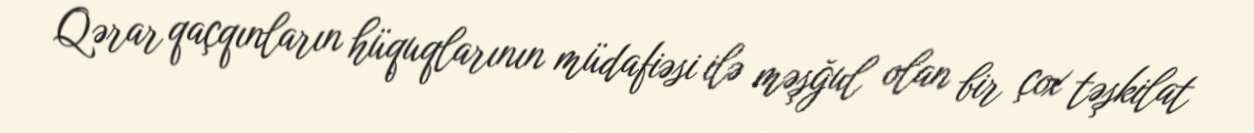
Qərar qaçqınların hüquqlarının müdafiəsi ilə məşğul olan bir çox təşkilat